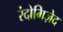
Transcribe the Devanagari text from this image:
रंदोमिज़ेद